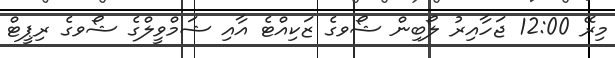
މިރޭ 12:00 ޖަހާއިރު ލޯބިން ޝޯވގެ ޒަކިއްޓެ އާއި ޝަމްވީލްގެ ޝޯވގެ ރިޕީޓް